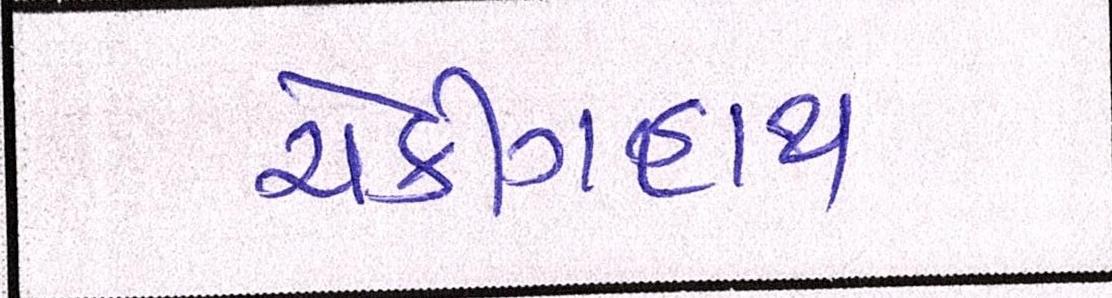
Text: ચેકીંગહાથ